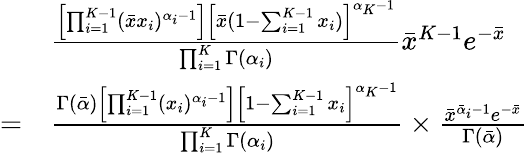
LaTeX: {\begin{array}{rl}&{{\frac{\left[\prod_{i=1}^{K-1}({\bar{x}}x_{i})^{\alpha_{i}-1}\right]\left[{\bar{x}}(1-\sum_{i=1}^{K-1}x_{i})\right]^{\alpha_{K}-1}}{\prod_{i=1}^{K}\Gamma(\alpha_{i})}}{\bar{x}}^{K-1}e^{-{\bar{x}}}}\\ {=}&{{\frac{\Gamma({\bar{\alpha}})\left[\prod_{i=1}^{K-1}(x_{i})^{\alpha_{i}-1}\right]\left[1-\sum_{i=1}^{K-1}x_{i}\right]^{\alpha_{K}-1}}{\prod_{i=1}^{K}\Gamma(\alpha_{i})}}\times{\frac{{\bar{x}}^{{\bar{\alpha}}_{i}-1}e^{-{\bar{x}}}}{\Gamma({\bar{\alpha}})}}}\end{array}}